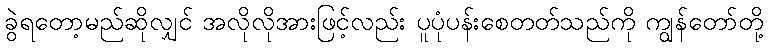
ခွဲရတော့မည်ဆိုလျှင် အလိုလိုအားဖြင့်လည်း ပူပုံပန်းစေတတ်သည်ကို ကျွန်တော်တို့